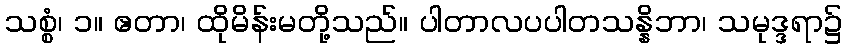
သစ္စံ၊ ၁။ ဧတာ၊ ထိုမိန်းမတို့သည်။ ပါတာလပပါတသန္နိဘာ၊ သမုဒ္ဒရာ၌